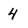
Character: 4